Vaccination United Provinces of Agra and Oudh 1914-1922 - 1914-1922
Year: 1914
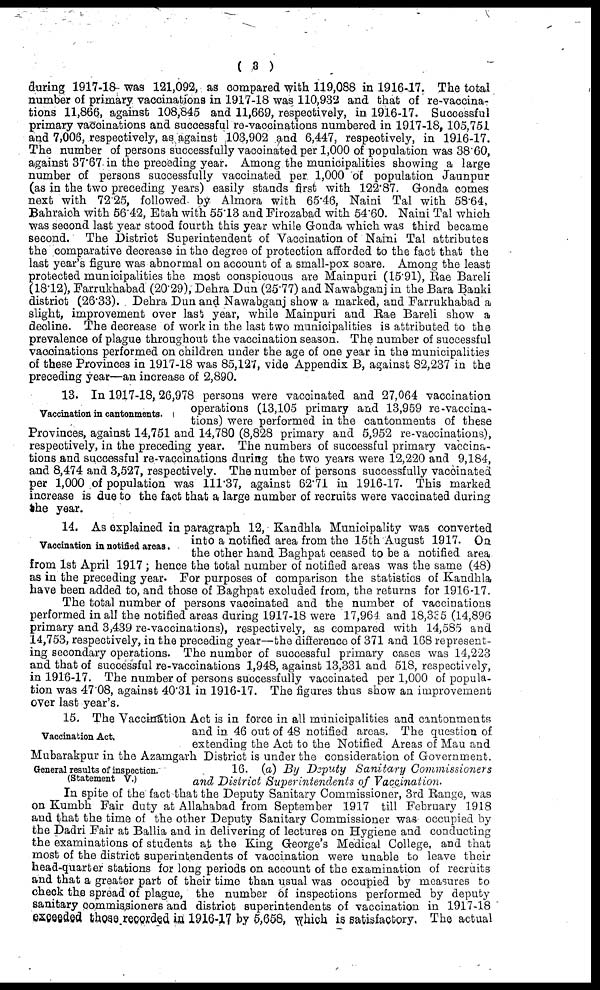
( 3 )
during 1917-18 was 121,092, as compared with 119,088 in 1916-17. The total
number of primary vaccinations in 1917-18 was 110,932 and that of re-vaccina-
tions 11,866, against 108,845 and 11,669, respectively, in 1916-17. Successful
primary vaccinations and successful re-vaccinations numbered in 1917-18, 105,751
and 7,006, respectively, as against 103,902 and 6,447, respectively, in 1916-17.
The number of persons successfully vaccinated per 1,000 of population was 38.60,
against 37.67 in the preceding year. Among the municipalities showing a large
number of persons successfully vaccinated per. 1,000 of population Jaunpur
(as in the two preceding years) easily stands first with 122.87. Gonda comes
next with 72.25, followed by Almora with 65.46, Naini Tal with 58.64,
Bahraich with 56.42, Etah with 55.13 and Firozabad with 54.60. Naini Tal which
was second last year stood fourth this year while Gonda which was third became
second. The District Superintendent of Vaccination of Naini Tal attributes
the comparative decrease in the degree of protection afforded to the fact that the
last year's figure was abnormal on account of a small-pox scare. Among the least
protected municipalities the most conspicuous are Mainpuri (15.91), Rae Bareli
(18.12), Farrukhabad (20.29),Dehra Dun (25.77) and Nawabganj in the Bara Banki
district (26.33). Dehra Dun and Nawabganj show a marked, and Farrukhabad a
slight, improvement over last year, while Mainpuri and Rae Bareli show a
decline. The decrease of work in the last two municipalities is attributed to the
prevalence of plague throughout the vaccination season. The number of successful
vaccinations performed on children under the age of one year in the municipalities
of these Provinces in 1917-18 was 85,127, vide Appendix B, against 82,237 in the
preceding year—an increase of 2,890.
Vaccination in cantonments.
13. In 1917-18, 26,978 persons were vaccinated and 27,064 vaccination
operations (13,105 primary and 13,959 re-vaccina-
tions) were performed in the cantonments of these
Provinces, against 14,751 and 14,780 (8,828 primary and 5,952 re-vaccinations),
respectively, in the preceding year. The numbers of successful primary vaccina-
tions and successful re-vaccinations during the two years were 12,220 and 9,184,
and 8,474 and 3,527, respectively. The number of persons successfully vaccinated
per 1,000 of population was 111.37, against 62.71 in 1916-17. This marked
increase is due to the fact that a large number of recruits were vaccinated during
the year.
Vaccination in notified areas.
14. As explained in paragraph 12, Kandhla Municipality was converted
into a notified area from the 15th August 1917. On
the other hand Baghpat ceased to be a notified area
from 1st April 1917 ; hence the total number of notified areas was the same (48)
as in the preceding year. For purposes of comparison the statistics of Kandhla
have been added to, and those of Baghpat excluded from, the returns for 1916-17.
The total number of persons vaccinated and the number of vaccinations
performed in all the notified areas during 1917-18 were 17,964 and 18,335 (14,896
primary and 3,439 re-vaccinations), respectively, as compared with 14,585 and
14,753, respectively, in the preceding year—the difference of 371 and 168 represent-
ing secondary operations. The number of successful primary cases was 14,223
and that of successful re-vaccinations 1,948, against 13,331 and 518, respectively,
in 1916-17. The number of persons successfully vaccinated per 1,000 of popula-
tion was 47.08, against 40.31 in 1916-17. The figures thus show an improvement
over last year's.
Vaccination Act.
15. The Vaccination Act is in force in all municipalities and cantonments
and in 46 out of 48 notified areas. The question of
extending the Act to the Notified Areas of Mau and
Mubarakpur in the Azamgarh District is under the consideration of Government.
General results of inspection.
(Statement V.)
16. (a) By Deputy Sanitary Commissioners
and District Superintendents of Vaccination.
In spite of the fact that the Deputy Sanitary Commissioner, 3rd Range, was
on Kumbh Fair duty at Allahabad from September 1917 till February 1918
and that the time of the other Deputy Sanitary Commissioner was occupied by
the Dadri Fair at Ballia and in delivering of lectures on Hygiene and conducting
the examinations of students at the King George's Medical College, and that
most of the district superintendents of vaccination were unable to leave their
head-quarter stations for long periods on account of the examination of recruits
and that a greater part of their time than usual was occupied by measures to
check the spread of plague, the number of inspections performed by deputy
sanitary commissioners and district superintendents of vaccination in 1917-18
exceeded those recorded in 1916-17 by 5,658, which is satisfactory. The actual